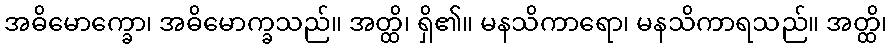
အဓိမောက္ခော၊ အဓိမောက္ခသည်။ အတ္ထိ၊ ရှိ၏။ မနသိကာရော၊ မနသိကာရသည်။ အတ္ထိ၊